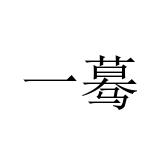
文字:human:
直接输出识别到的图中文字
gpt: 一蓦